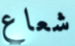
شعاع